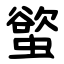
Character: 螸